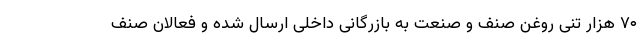
۷۰ هزار تنی روغن صنف و صنعت به بازرگانی داخلی ارسال شده و فعالان صنف